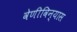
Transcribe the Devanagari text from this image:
वेणीविन्यास